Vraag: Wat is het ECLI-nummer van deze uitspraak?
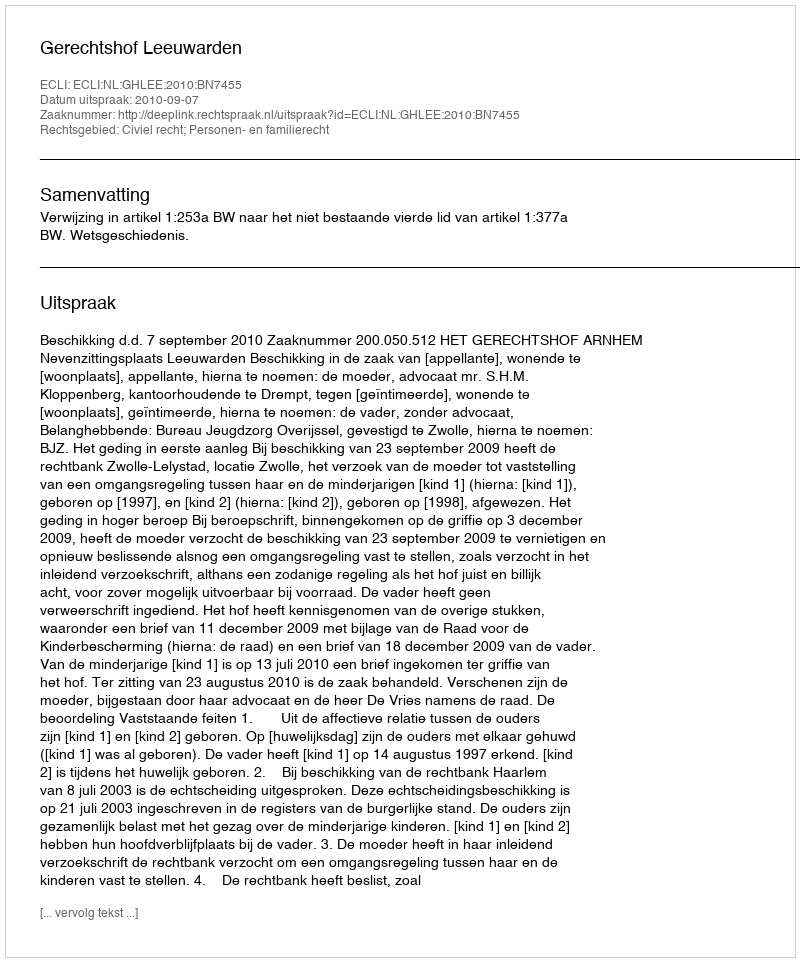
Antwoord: ECLI:NL:GHLEE:2010:BN7455